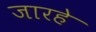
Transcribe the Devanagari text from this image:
जारहे